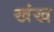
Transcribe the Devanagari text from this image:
खंख